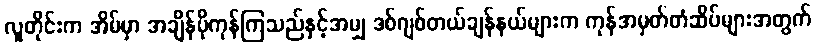
လူတိုင်းက အိမ်မှာ အချိန်ပိုကုန်ကြသည်နှင့်အမျှ ဒစ်ဂျစ်တယ်ချန်နယ်များက ကုန်အမှတ်တံဆိပ်များအတွက်